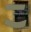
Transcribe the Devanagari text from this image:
र्‍